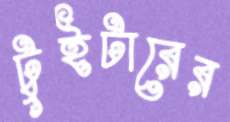
টুইটারের